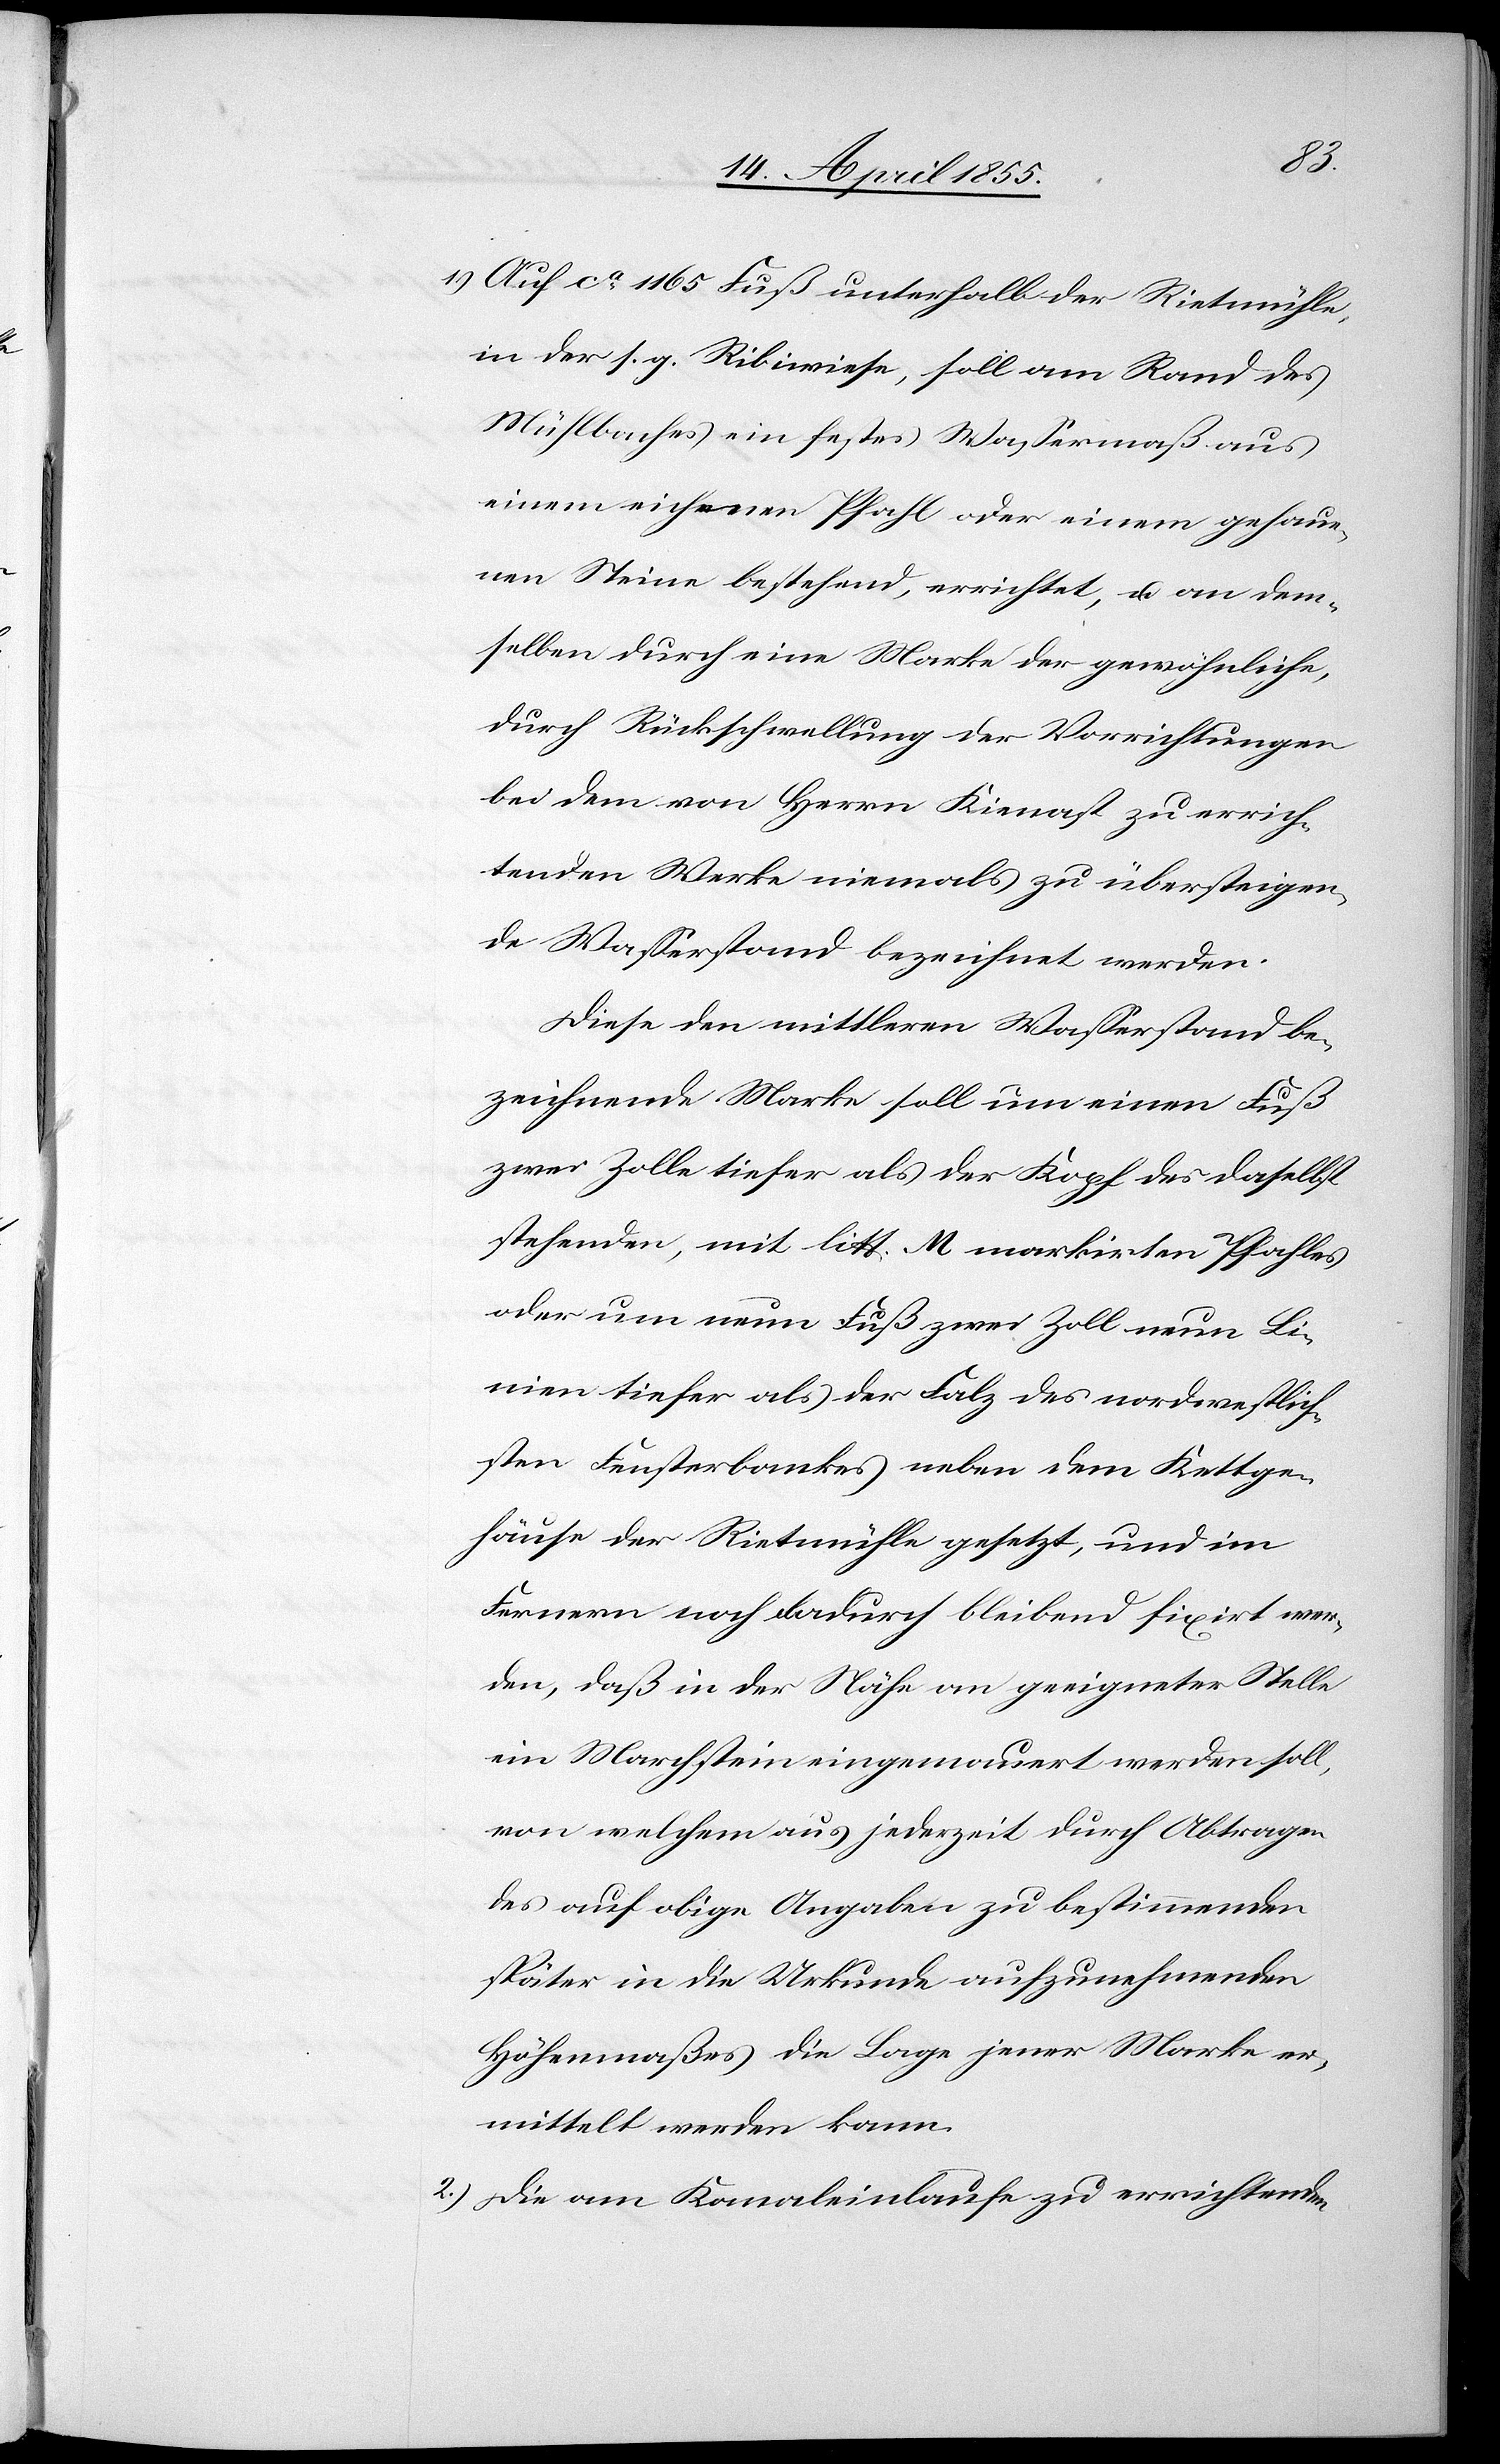
1.)
Auf ca. 1165 Fuß unterhalb der Rietmühle,
in der s. g. Ribiwiese, soll am Rand des
Mühlbaches ein festes Wassermaß aus
einem eichenen Pfahl oder einem gehaue¬
nen Steine bestehend, errichtet, u. an dem¬
selben durch eine Marke der gewöhnliche,
durch Rückschwellung der Vorrichtungen
bei dem von Herrn Kienast zu errich¬
tenden Werke niemals zu übersteigen¬
de Wasserstand bezeichnet werden.
Diese den mittleren Wasserstand be¬
zeichnende Marke soll um einen Fuß
zwei Zolle tiefer als der Kopf des daselbst
stehenden, mit litt. M markirten Pfahles
oder um neun Fuß zwei Zoll neun Li¬
nien tiefer als der Falz des nordwestlich¬
sten Fensterbankes neben dem Kettge¬
häuse der Rietmühle gesetzt, und im
Fernern noch dadurch bleibend fixirt wer¬
den, daß in der Nähe an geeigneter Stelle
ein Marchstein eingemauert werden soll,
von welchem aus jederzeit durch Abtragen
des auf obige Angaben zu bestimmenden
später in die Urkunde aufzunehmenden
Höhenmaßes die Lage jener Marke er¬
mittelt werden kann.
Die am Kanaleinlaufe zu errichtenden